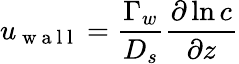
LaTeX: u_{\mathrm{~w~a~l~l~}}=\frac{\Gamma_{w}}{D_{s}}\frac{\partial\ln c}{\partial z}